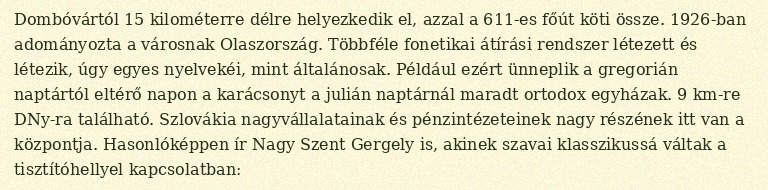
Dombóvártól 15 kilométerre délre helyezkedik el, azzal a 611-es főút köti össze. 1926-ban adományozta a városnak Olaszország. Többféle fonetikai átírási rendszer létezett és létezik, úgy egyes nyelvekéi, mint általánosak. Például ezért ünneplik a gregorián naptártól eltérő napon a karácsonyt a julián naptárnál maradt ortodox egyházak. 9 km-re DNy-ra található. Szlovákia nagyvállalatainak és pénzintézeteinek nagy részének itt van a központja. Hasonlóképpen ír Nagy Szent Gergely is, akinek szavai klasszikussá váltak a tisztítóhellyel kapcsolatban: